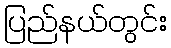
ပြည်နယ်တွင်း